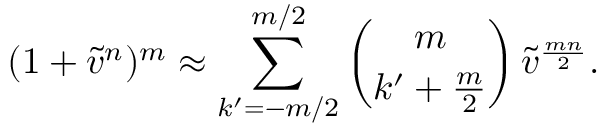
( 1 + \tilde { v } ^ { n } ) ^ { m } \approx \sum _ { k ^ { \prime } = - m / 2 } ^ { m / 2 } \binom { m } { k ^ { \prime } + \frac { m } { 2 } } \, \tilde { v } ^ { \frac { m n } { 2 } } .